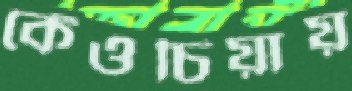
কেঁওচিয়ায়